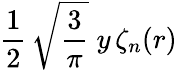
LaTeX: \frac{1}{2}\, \sqrt{\frac{3}{\pi}}\; y\, \zeta_{n}(r)